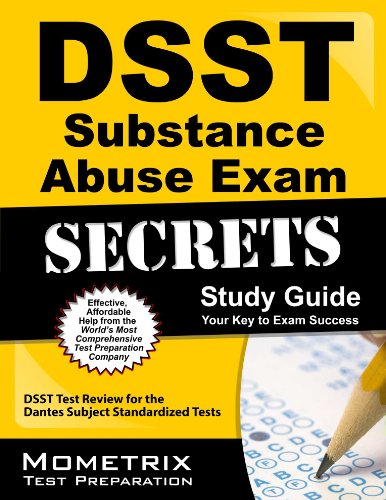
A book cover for DSST Substance Abuse Exam Secrets Study Guide: DSST Test Review for the Dantes Subject Standardized Tests (Mometrix Secrets Study Guides); DSST Exam Secrets Test Prep Team; Test Preparation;